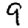
Digit: 9